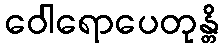
ဝေါရောပေတုန္တိ